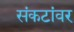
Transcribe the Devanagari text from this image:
संकटांवर